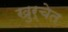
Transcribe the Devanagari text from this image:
खुर्चेत